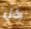
كل